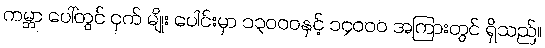
ကမ္ဘာ ပေါ်တွင် ငှက် မျိုး ပေါင်းမှာ ၁၃၀၀၀နှင့် ၁၄၀၀၀ အကြားတွင် ရှိသည်။